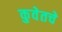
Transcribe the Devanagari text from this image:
कुवेतचे